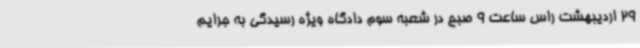
29 اردیبهشت راس ساعت 9 صبح در شعبه سوم دادگاه ویژه رسیدگی به جرایم